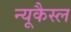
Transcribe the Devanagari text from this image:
न्यूकैस्ल